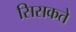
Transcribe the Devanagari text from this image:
सिसकते